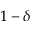
1 - \delta